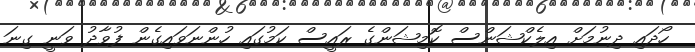
ހޯދައި ދިނުމަށް އިލެކްޝަންސް ކޮމިޝަންގެ ރައީސް ކަމުގައި ހުންނަވައިގެން ފުވާދު ވަނީ ގިނަ